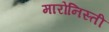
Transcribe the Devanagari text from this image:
मारोनिस्ती